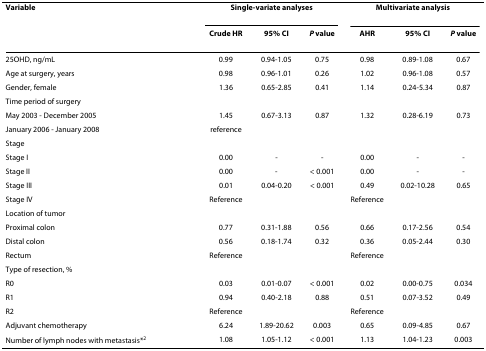
| Variable | <COLSPAN=3> Single-variate analyses | <COLSPAN=3> Multivariate analysis |
 |  | Crude HR | 95% CI | P value | AHR | 95% CI | P value |
 | --- | --- | --- | --- | --- | --- | --- |
 | 25OHD, ng/mL | 0.99 | 0.94-1.05 | 0.75 | 0.98 | 0.89-1.08 | 0.67 |
 | Age at surgery, years | 0.98 | 0.96-1.01 | 0.26 | 1.02 | 0.96-1.08 | 0.57 |
 | Gender, female | 1.36 | 0.65-2.85 | 0.41 | 1.14 | 0.24-5.34 | 0.87 |
 | Time period of surgery |  |  |  |  |  |  |
 | May 2003 - December 2005 | 1.45 | 0.67-3.13 | 0.87 | 1.32 | 0.28-6.19 | 0.73 |
 | January 2006 - January 2008 | reference |  |  |  |  |  |
 | Stage |  |  |  |  |  |  |
 | Stage I | 0.00 | - | - | 0.00 | - | - |
 | Stage II | 0.00 | - | < 0.001 | 0.00 | - | - |
 | Stage III | 0.01 | 0.04-0.20 | < 0.001 | 0.49 | 0.02-10.28 | 0.65 |
 | Stage IV | Reference |  |  | Reference |  |  |
 | Location of tumor |  |  |  |  |  |  |
 | Proximal colon | 0.77 | 0.31-1.88 | 0.56 | 0.66 | 0.17-2.56 | 0.54 |
 | Distal colon | 0.56 | 0.18-1.74 | 0.32 | 0.36 | 0.05-2.44 | 0.30 |
 | Rectum | Reference |  |  | Reference |  |  |
 | Type of resection, % |  |  |  |  |  |  |
 | R0 | 0.03 | 0.01-0.07 | < 0.001 | 0.02 | 0.00-0.75 | 0.034 |
 | R1 | 0.94 | 0.40-2.18 | 0.88 | 0.51 | 0.07-3.52 | 0.49 |
 | R2 | Reference |  |  | Reference |  |  |
 | Adjuvant chemotherapy | 6.24 | 1.89-20.62 | 0.003 | 0.65 | 0.09-4.85 | 0.67 |
 | Number of lymph nodes with metastasis*2 | 1.08 | 1.05-1.12 | < 0.001 | 1.13 | 1.04-1.23 | 0.003 |